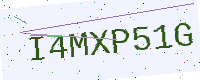
Text: I4MXP51G